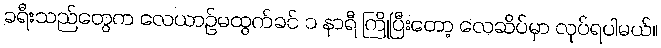
ခရီးသည်တွေက လေယာဉ်မထွက်ခင် ၁ နာရီ ကြိုပြီးတော့ လေဆိပ်မှာ လုပ်ရပါမယ်။